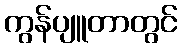
ကွန်ပျူတာတွင်